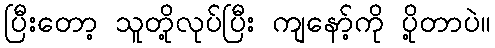
ပြီးတော့ သူတို့လုပ်ပြီး ကျနော့်ကို ပို့တာပဲ။